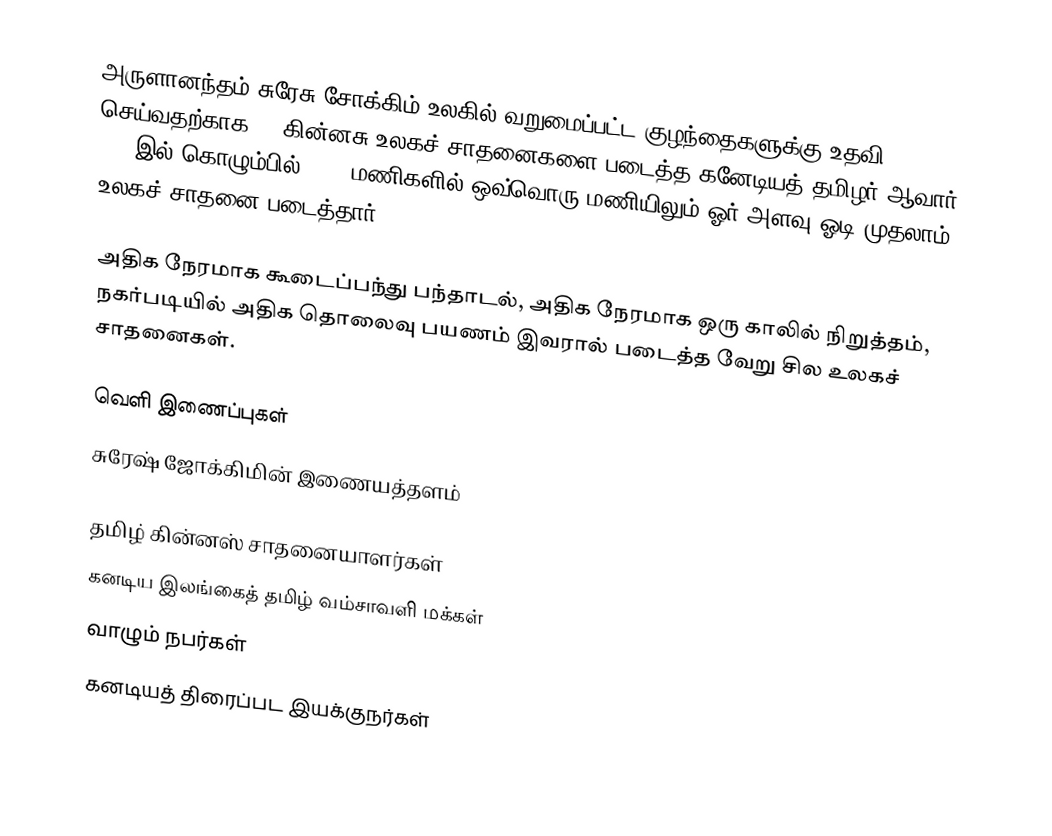
அருளானந்தம் சுரேசு சோக்கிம் உலகில் வறுமைப்பட்ட குழந்தைகளுக்கு உதவி செய்வதற்காக 70 கின்னசு உலகச் சாதனைகளை படைத்த கனேடியத் தமிழர் ஆவார். 1996இல் கொழும்பில் 1000 மணிகளில் ஒவ்வொரு மணியிலும் ஓர் அளவு ஓடி முதலாம் உலகச் சாதனை படைத்தார்.

அதிக நேரமாக கூடைப்பந்து பந்தாடல், அதிக நேரமாக ஒரு காலில் நிறுத்தம், நகர்படியில் அதிக தொலைவு பயணம் இவரால் படைத்த வேறு சில உலகச் சாதனைகள்.

வெளி இணைப்புகள்
சுரேஷ் ஜோக்கிமின் இணையத்தளம்

தமிழ் கின்னஸ் சாதனையாளர்கள்
கனடிய இலங்கைத் தமிழ் வம்சாவளி மக்கள்
வாழும் நபர்கள்
கனடியத் திரைப்பட இயக்குநர்கள்